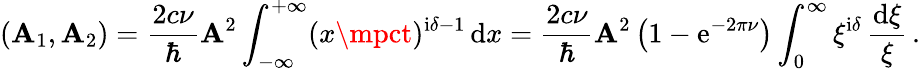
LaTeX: \left(\mathbf{A}_{1},\mathbf{A}_{2}\right)=\frac{{2c\nu}}{{\hbar}}{\cal\mathbf{A}}^{2}\int_{-\infty}^{+\infty}(x\mpct)^{\mathrm{{i}}\delta-1}\, \mathrm{{d}}x=\frac{{2c\nu}}{{\hbar}}{\cal\mathbf{A}}^{2}\left(1-\mathrm{{e}}^{-2\pi\nu}\right)\int_{0}^{\infty}\xi^{\mathrm{{i}}\delta}\, \frac{{\mathrm{{d}}\xi}}{{\xi}}\, .